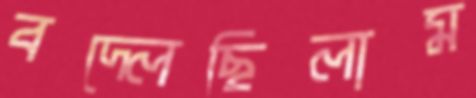
বদ্‌লেছিলাম